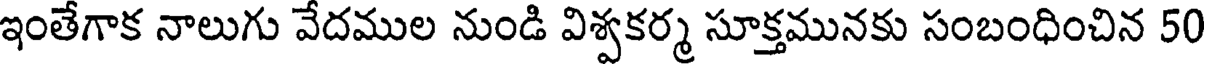
ఇంతేగాక నాలుగు వేదముల నుండి విశ్వకర్మ సూక్తమునకు సంబంధించిన 50